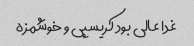
غدا عالی بود کریسپی و خوشمزه